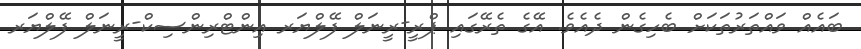
ބައެއް ވައްތަރުތަކަށް ބެހިގެން ދެއެވެ. އޭގެ ތެރޭގައި ޕްރީ-ރީނަލް ފޭލްޔަރ އިންޓްރިންސިކް-ރީނަލް ފޭލްޔަރ